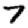
Digit: 7